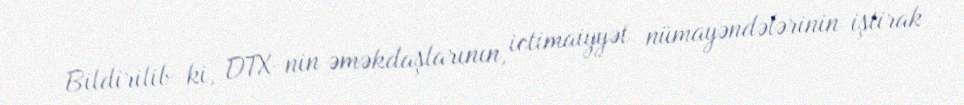
Bildirilib ki, DTX-nin əməkdaşlarının, ictimaiyyət nümayəndələrinin iştirak